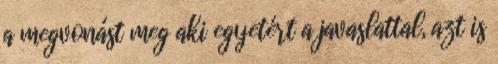
a megvonást meg aki egyetért a javaslattal, azt is